Civil Veterinary Department ledger series I-VI
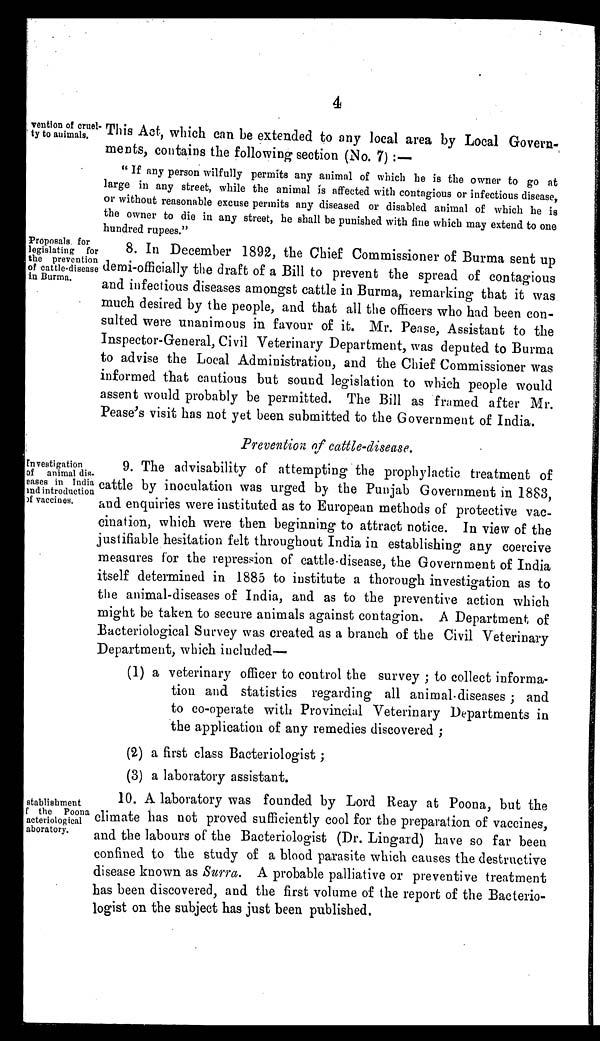
4
vention of cruel-
ty to animals.
This Act, which can be extended to any local area by Local Govern-
ments, contains the following section (No. 7):—
"If any person wilfully permits any animal of which he is the owner to go at
large in any street, while the animal is affected with contagious or infectious disease,
or without reasonable excuse permits any diseased or disabled animal of which he is
the owner to die in any street, he shall be punished with fine which may extend to one
hundred rupees."
Proposals for
legislating for
the prevention
of cattle-disease
in Burma.
8. In December 1892, the Chief Commissioner of Burma sent up
demi-officially the draft of a Bill to prevent the spread of contagious
and infectious diseases amongst cattle in Burma, remarking that it was
much desired by the people, and that all the officers who had been con-
sulted were unanimous in favour of it. Mr. Pease, Assistant to the
Inspector-General, Civil Veterinary Department, was deputed to Burma
to advise the Local Administration, and the Chief Commissioner was
informed that cautious but sound legislation to which people would
assent would probably be permitted. The Bill as framed after Mr.
Pease's visit has not yet been submitted to the Government of India.
Prevention of cattle-disease.
Investigation
of animal dis-
eases in India
and introduction
of vaccines.
9. The advisability of attempting the prophylactic treatment of
cattle by inoculation was urged by the Punjab Government in 1883,
and enquiries were instituted as to European methods of protective vac-
cination, which were then beginning to attract notice. In view of the
justifiable hesitation felt throughout India in establishing any coercive
measures for the repression of cattle-disease, the Government of India
itself determined in 1885 to institute a thorough investigation as to
the animal-diseases of India, and as to the preventive action which
might be taken to secure animals against contagion. A Department of
Bacteriological Survey was created as a branch of the Civil Veterinary
Department, which included—
(1) a veterinary officer to control the survey; to collect informa-
tion and statistics regarding all animal-diseases; and
to co-operate with Provincial Veterinary Departments in
the application of any remedies discovered;
(2) a first class Bacteriologist;
(3) a laboratory assistant.
stablishment
of the Poona
acteriological
aboratory.
10. A laboratory was founded by Lord Reay at Poona, but the
climate has not proved sufficiently cool for the preparation of vaccines,
and the labours of the Bacteriologist (Dr. Lingard) have so far been
confined to the study of a blood parasite which causes the destructive
disease known as Surra. A probable palliative or preventive treatment
has been discovered, and the first volume of the report of the Bacterio-
logist on the subject has just been published.